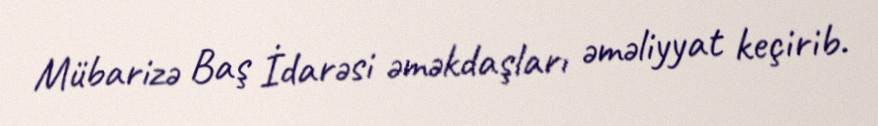
Mübarizə Baş İdarəsi əməkdaşları əməliyyat keçirib.